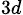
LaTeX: _{3d}